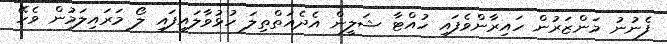
ފެނުނު މަންޒަރުން ހައިރާންވެފައި ހުއްޓާ ޝަލީން އެދެއަތްތިލަ ހުޅުވާލައިފައި ލޯ މަރައިލަމުން ވެހޭ